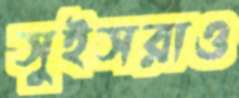
সুইসরাও